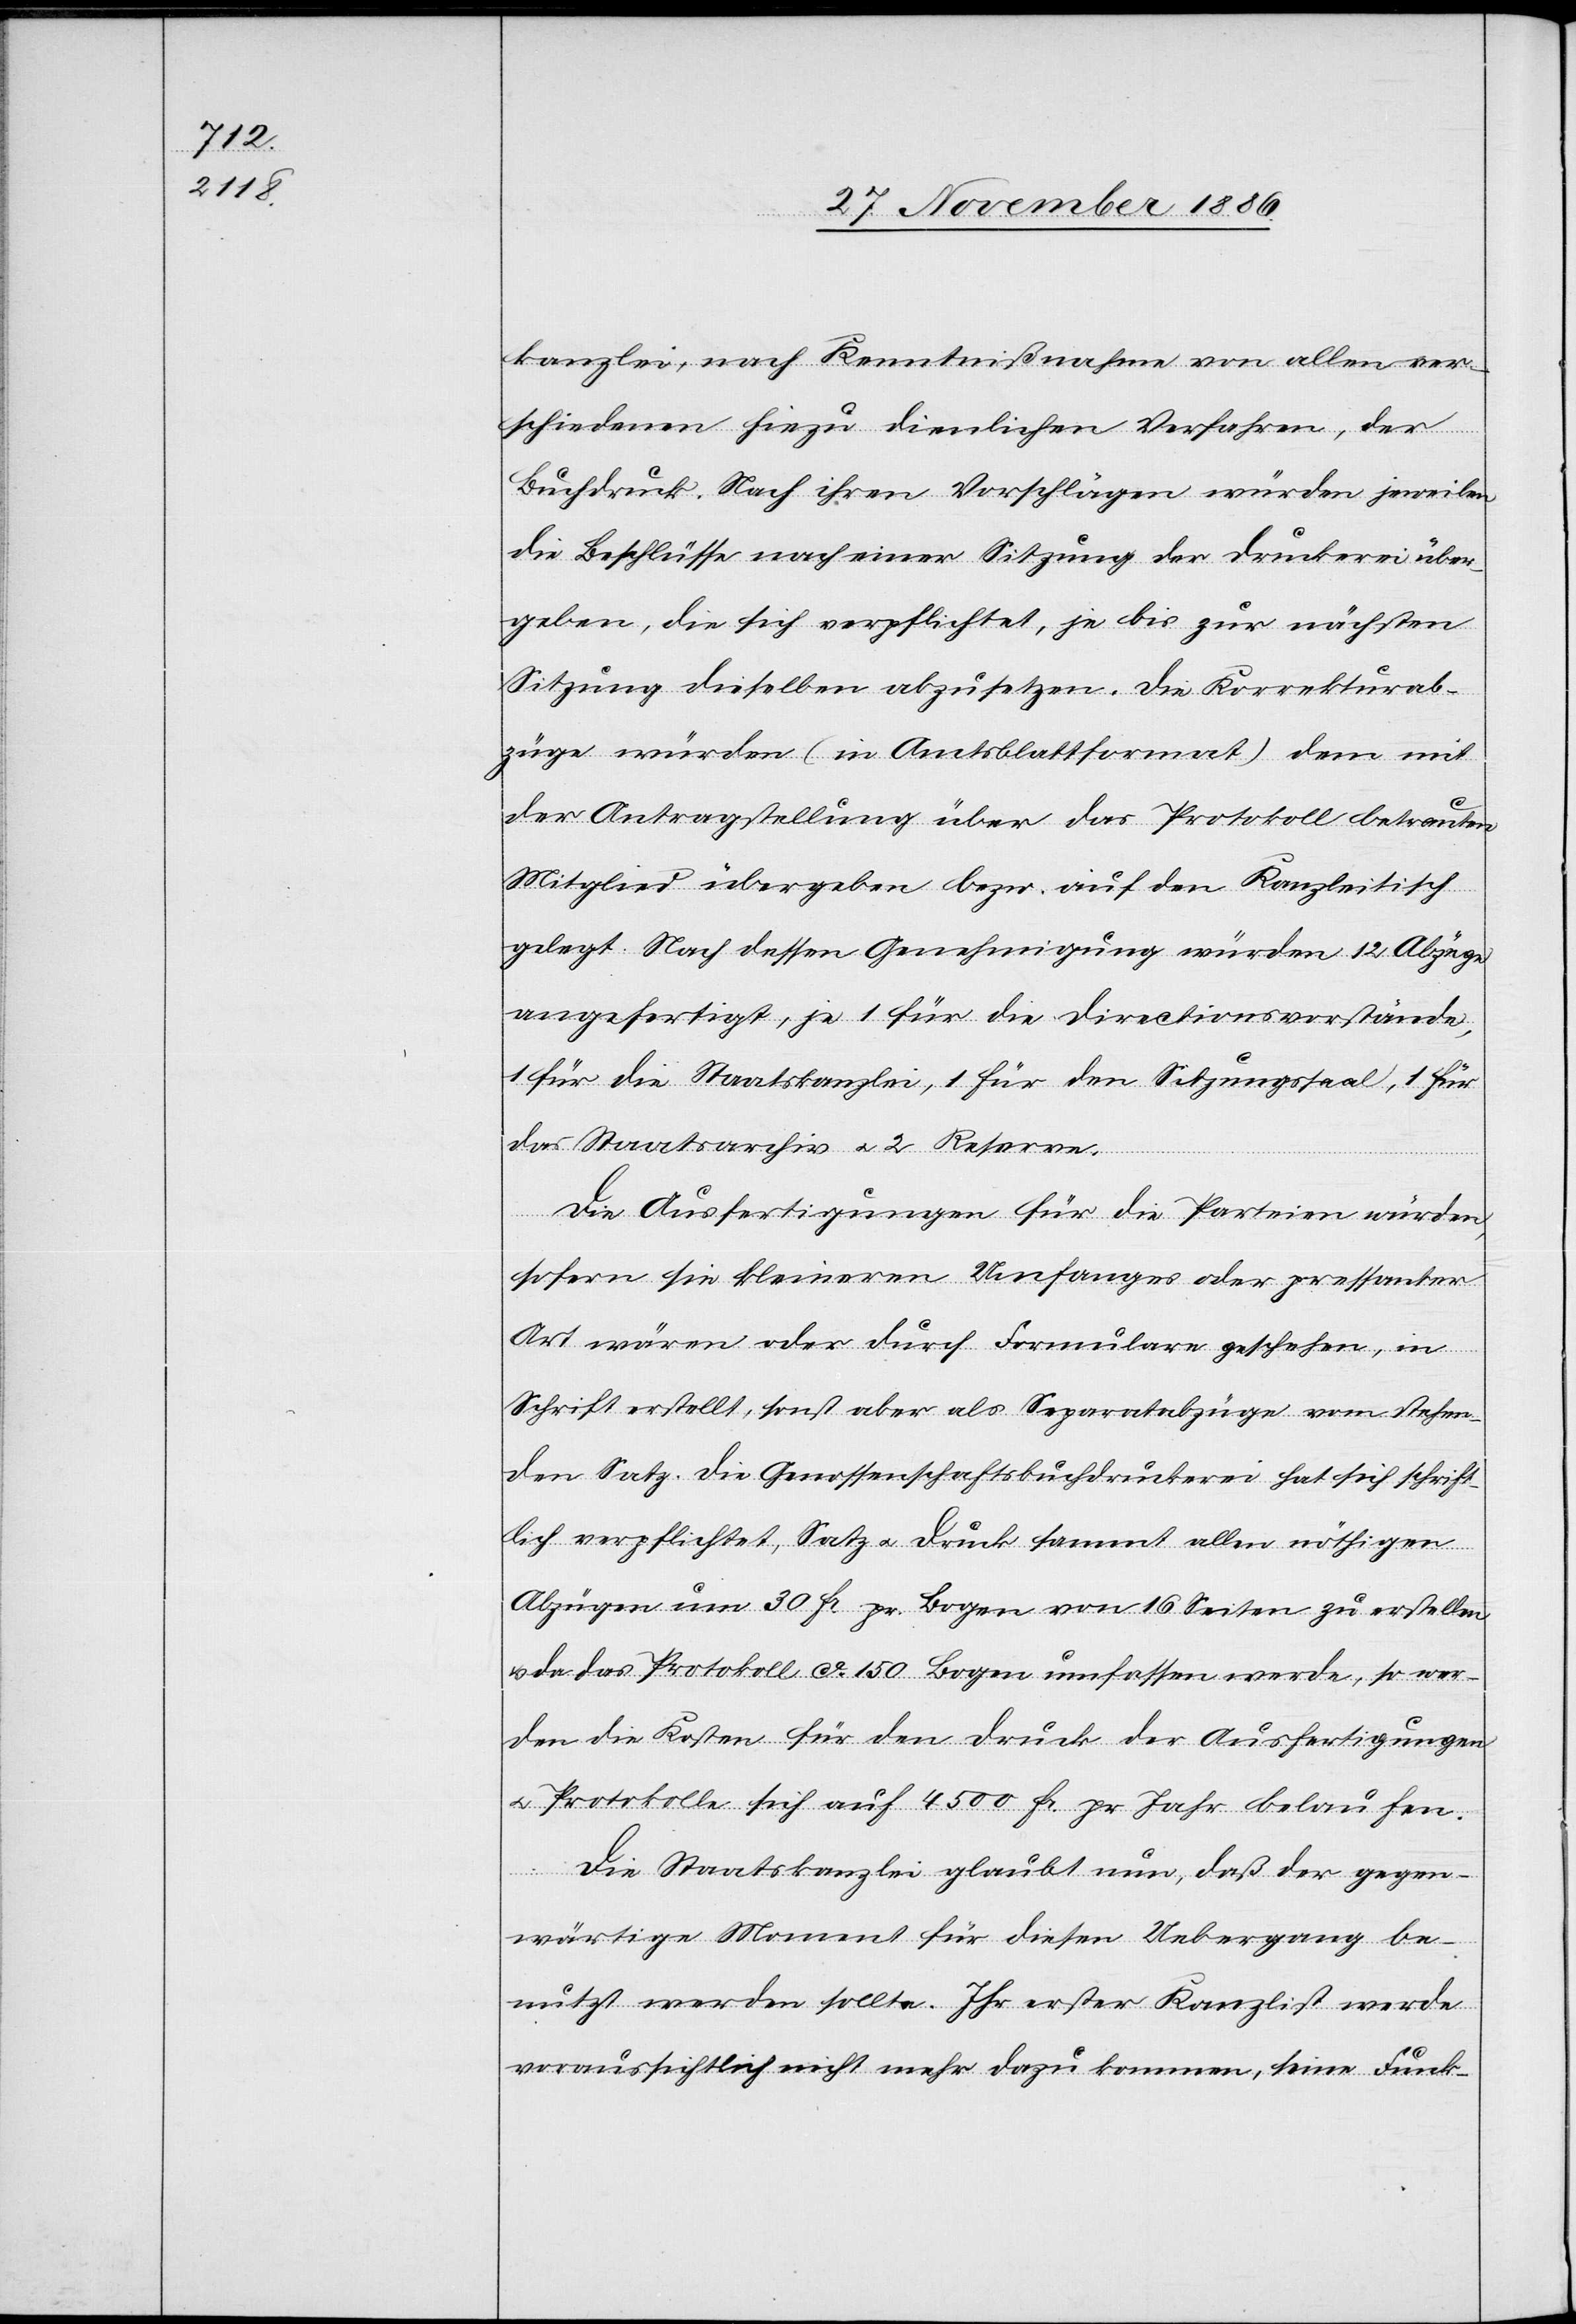
kanzlei, nach Kenntnißnahme von allen ver¬
schiedenen hiezu dienlichen Verfahren, der
Buchdruck. Nach ihren Vorschlägen würden jeweilen
die Beschlüsse nach einer Sitzung der Druckerei über¬
geben, die sich verpflichtet, je bis zur nächsten
Sitzung dieselben abzusetzen. Die Korrekturab¬
züge würden (in Amtsblattformat) dem mit
der Antragstellung über das Protokoll betrauten
Mitglied übergeben bezw. auf den Kanzleitisch
gelegt. Nach dessen Genehmigung würden 12 Abzüge
angefertigt, je 1 für die Directionsvorstände,
1 für die Staatskanzlei, 1 für den Sitzungssaal, 1 für
das Staatsarchiv & 2 Reserve.
Die Ausfertigungen für die Parteien würden,
sofern sie kleineren Umfanges oder pressanter
Art wären oder durch Formulare geschehen, in
Schrift erstellt, sonst aber als Separatabzüge vom stehen¬
den Satz. Die Genossenschaftsbuchdruckerei hat sich schrift¬
lich verpflichtet, Satz & Druck sammt allen nöthigen
Abzügen um 30 Fr. pr. Bogen von 16 Seiten zu erstellen
da das Protokoll ca 150 Bogen umfassen werde, so wer¬
den die Kosten für den Druck der Ausfertigungen
& Protokolle sich auf 4500 Fr. pr. Jahr belaufen.
Die Staatskanzlei glaubt nun, daß der gegen¬
wärtige Moment für diesen Uebergang be¬
nutzt werden sollte. Ihr erster Kanzlist werde
voraussichtlich nicht mehr dazu kommen, seine Funk-